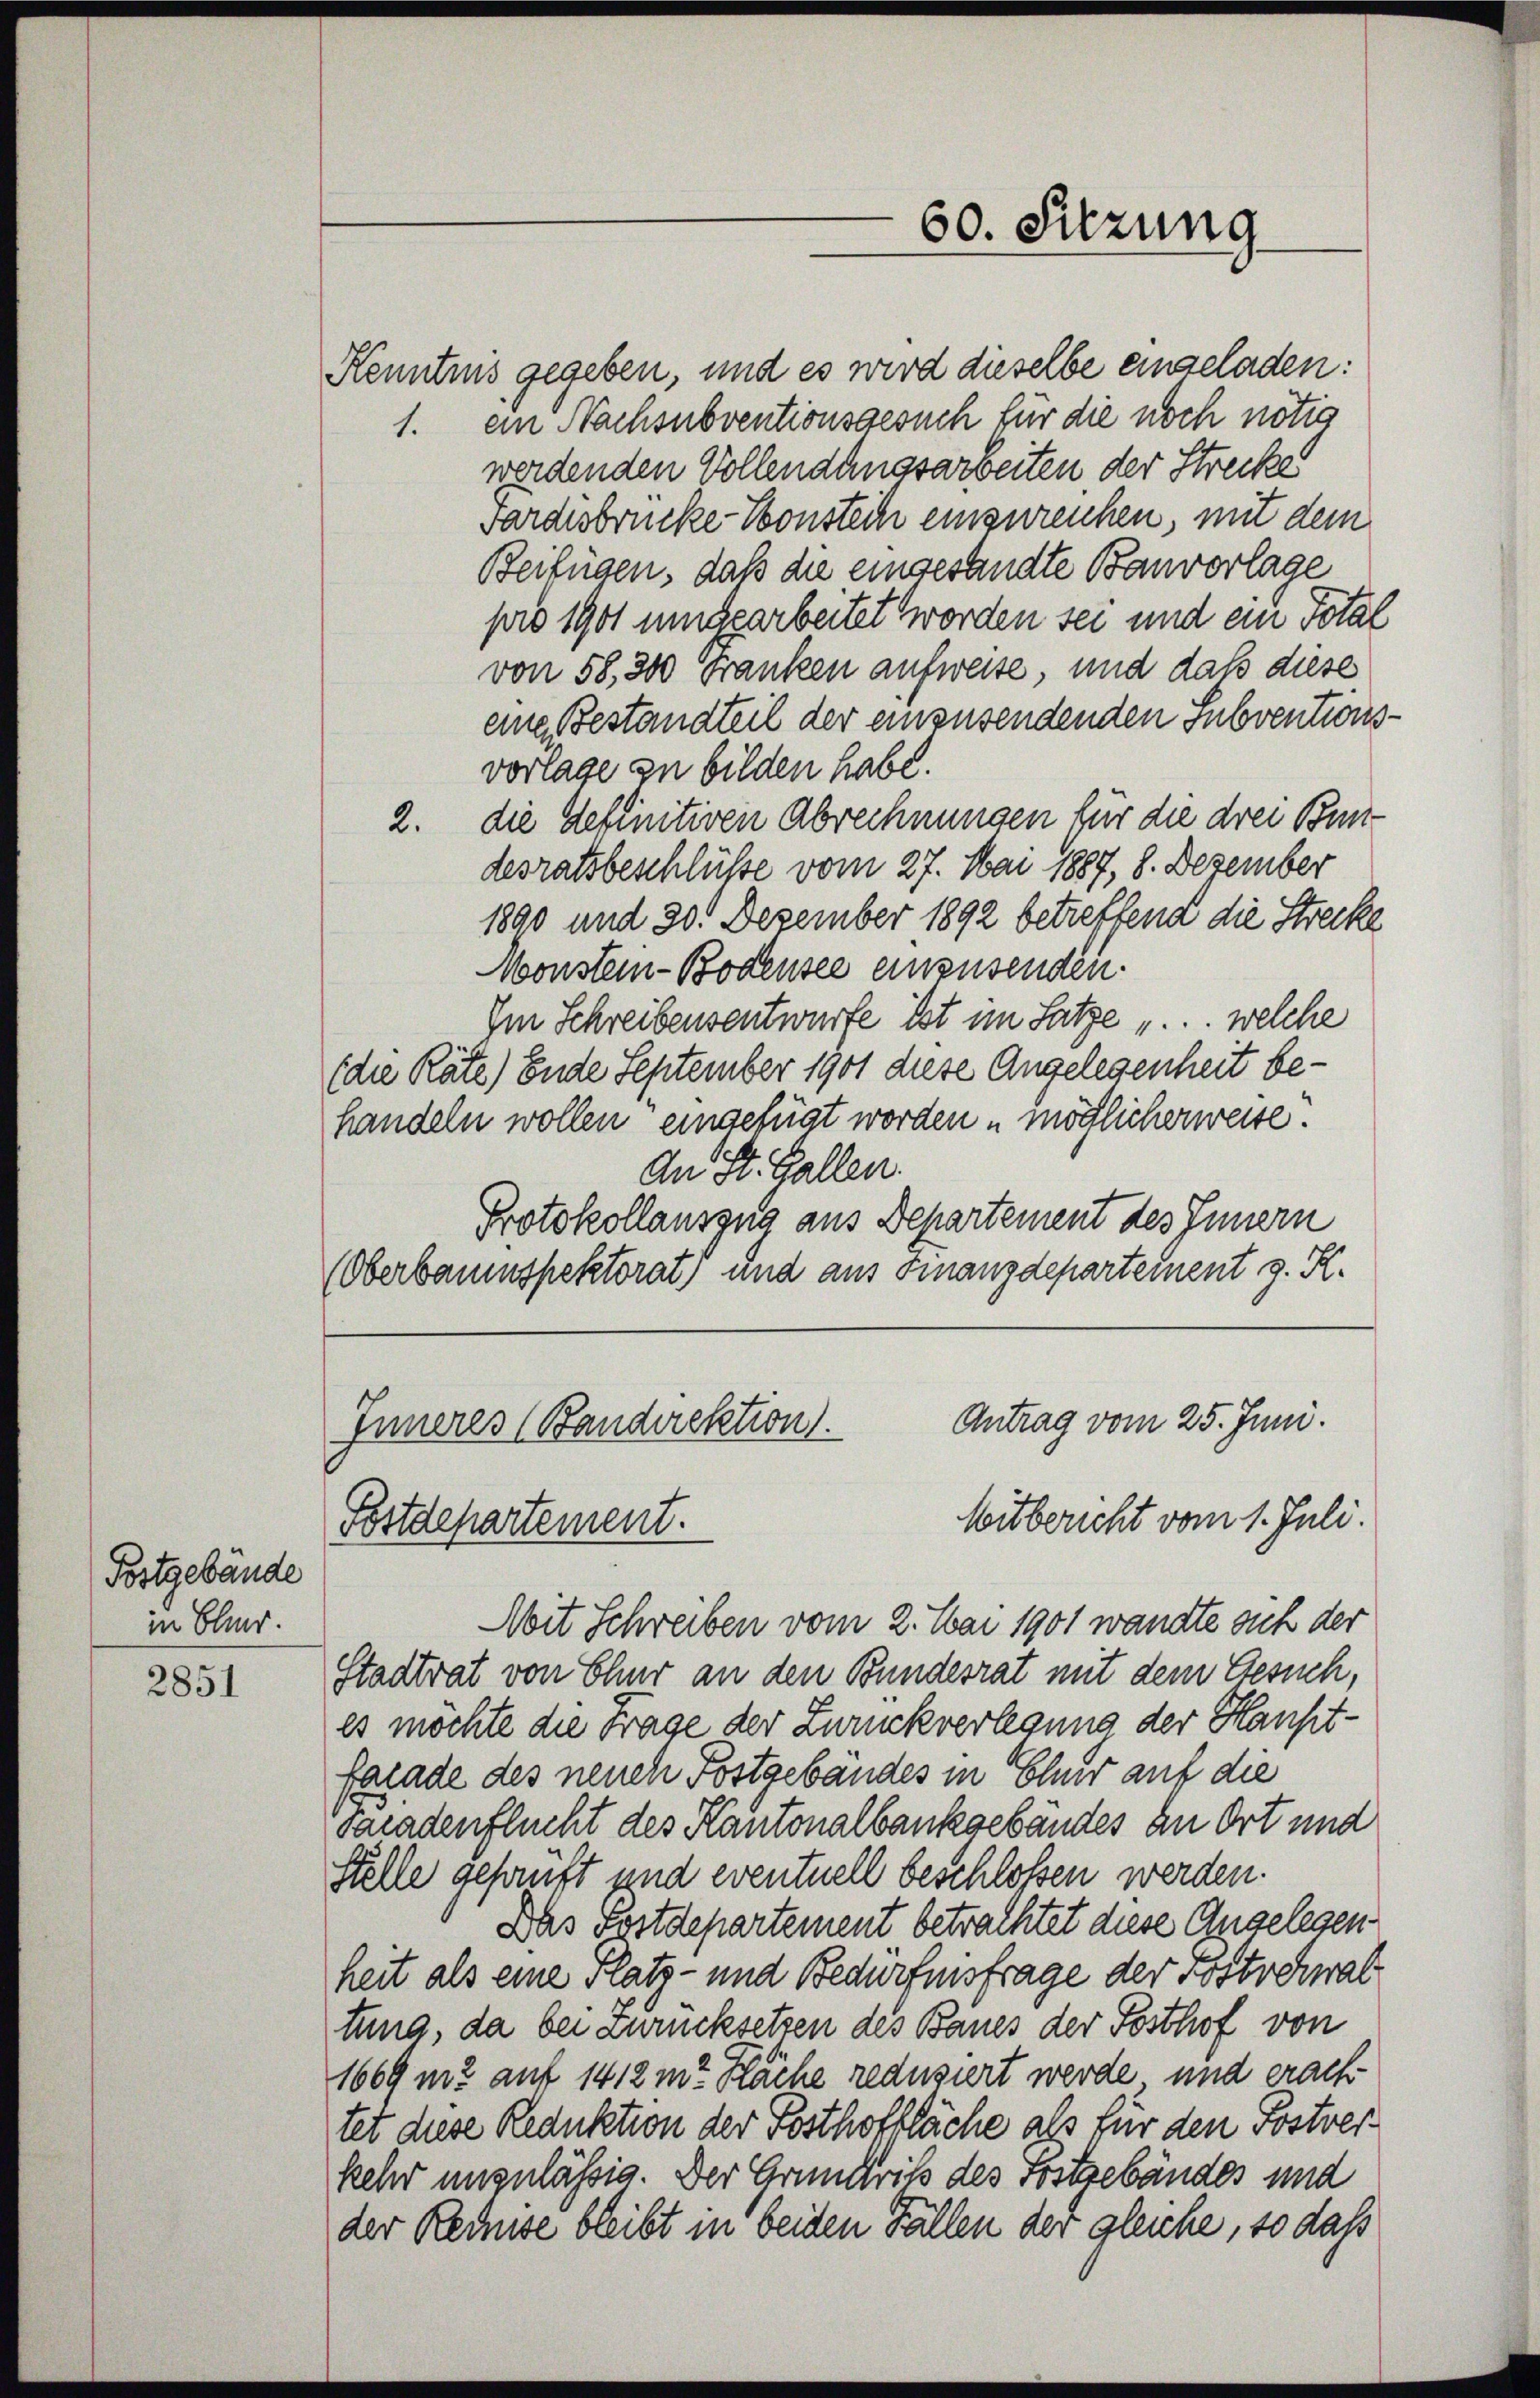
Postgebäude
in Blind.

2851

Kenntnis gegeben, und es wird dieselbe eingeladen:
1. ein Nachsubventionsgesuch für die noch nötig
werdenden Vollendungsarbeiten der Streckes
Gardesbrücke Sonstech einzureichen, mit dem
Beifügen, daß die eingesandte Banvorlage
pro 1901 ungearbeitet worden sei und ein Total
von 58, 300 Franken aufweise, und dass diese
eine Bestandteil der einzusendenden subventionsvorlage zu bilden habe.
2. die definitiven Abrechnungen für die drei Bundesratsbeschlüße vom 27. Mai 1887, 8. Dezember
1890 und 30. Dezember 1892 betreffend die Strecke
Monstein-Bodensee einzusenden.
Im Schreibensentwürfe ist im Satze ... welche
(die Räte) Ende September 1901 diese Angelegenheit behandeln wollen eingefügt worden u möglicherweise.
An St. Gallen.
Protokollauszug aus Departement des Innern
(Oberbauinspektorat) und aus Finanzdepartement z. R.

Mit Schreiben vom 2. Mai 1901 wandte auch der
Stadtrat von Chur an den Bundesrat mit dem Gesuch,
es möchte die Frage der Zurückverlegung der Hauptfalade des neuch Postgebäudes in Eher auf die
Saradenflucht des Kantonalbankgebäudes an Ort und
Stelle geprüft und eventuell beschlossen werden.
Das Postdepartement betrachtet diese Angelegen
heit als eine Platz- und Bedürfnisfrage der Postschwal
tung, da bei zurücksetzen des Baues der Posthof von
1669 m2 auf 1412 m? Räche reduziert werde, und erachtet diese Reduktion der Posthoffläche als für den Postreskehr unzulässig. Der Grundriß des Sostrebänder und
der Rednise bleibt in beiden Fällen der gleiche, so daß

60. Sitzung

Antrag vom 25. Juni.
Inneres (Bandirektion.
Mitbericht vom 1. Juli.
Fostdepartement.